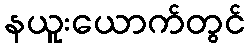
နယူးယောက်တွင်